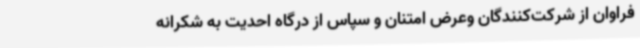
فراوان از شرکت‌کنندگان وعرض امتنان و سپاس از درگاه احدیت به شکرانه